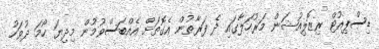
ޑިސްޕިއުޓް ރިޒޮލިއުޝަން މަރުހަލާގައި ދެ ފަރާތުން އެގޮތަށް އެއްބަސްވުމުން މިދިޔަ ހޯމަ ދުވަހު